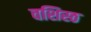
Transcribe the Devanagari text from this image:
वशिस्ठ